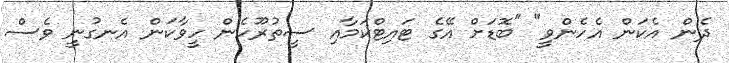
ދެން އެކަން އެހެންވީ" "ބޮޑަށް އޭގެ ޓައިޓްކަމާއި ސީތުރޫހެން ހީވާކަން އެނގުނީ ވެސް